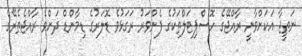
ނަތީޖާ އަކަށްވާނީ ރާއްޖޭގެ ހޮސްޕިޓަލްތަކުގެ ފެންވަރު ރަގަޅުވެ ޑޮލަރުގެ ޑިމާންޑް ދަށްވެ ރާއްޖެތެރޭގެ